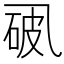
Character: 𪜘